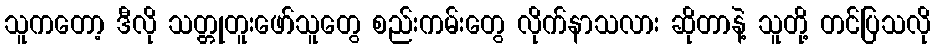
သူကတော့ ဒီလို သတ္တုတူးဖော်သူတွေ စည်းကမ်းတွေ လိုက်နာသလား ဆိုတာနဲ့ သူတို့ တင်ပြသလို